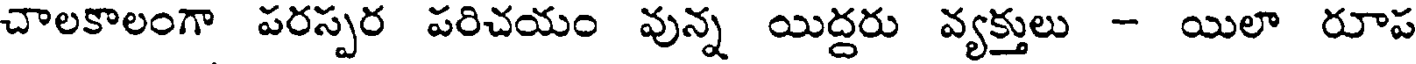
చాలకాలంగా పరస్పర పరిచయం వున్న యిద్దరు వ్యక్తులు - యిలా రూప